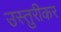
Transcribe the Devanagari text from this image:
उस्तुरीकर